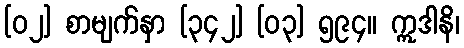
[၀၂] စာမျက်နှာ [၃၄၂] [၀၃] ၅၉၄။ ဣဒါနိ၊